画像に写った文字を読んでください
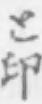
「と印」と書いてあります